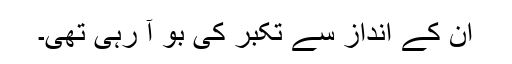
ان کے انداز سے تکبر کی بو آ رہی تھی۔